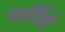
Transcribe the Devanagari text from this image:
पार्टिडो